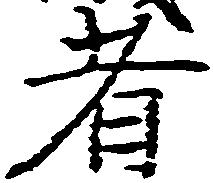
者